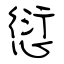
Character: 愆